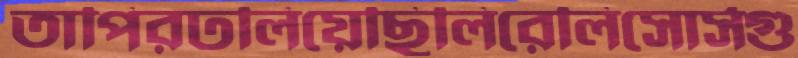
তাপিরঢলিয়েছিলিরেলিসোর্সগু